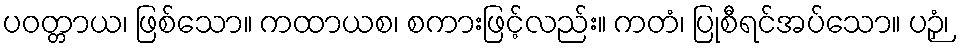
ပဝတ္တာယ၊ ဖြစ်သော။ ကထာယစ၊ စကားဖြင့်လည်း။ ကတံ၊ ပြုစီရင်အပ်သော။ ပဉှံ၊